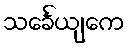
သင်္ခေယျကေ